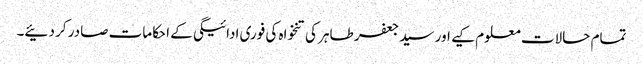
تمام حالات معلوم کیے اور سید جعفر طاہر کی تنخواہ کی فوری ادائیگی کے احکامات صادر کر دئیے۔